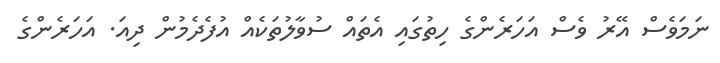
ނަމަވެސް އޭރު ވެސް އަހަރެންގެ ހިތުގައި އެތައް ސުވާލުތަކެއް އުފެދެމުން ދިއަ. އަހަރެންގެ